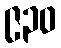
၉၃၀